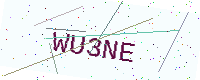
Text: WU3NE